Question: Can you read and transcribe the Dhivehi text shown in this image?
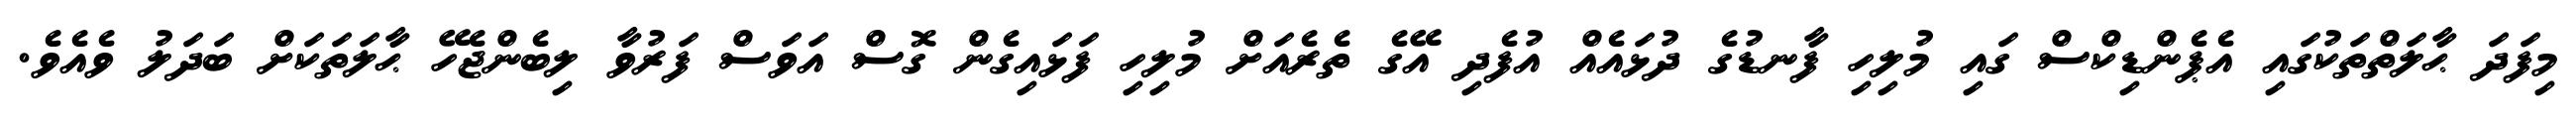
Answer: މިފަދަ ޙާލަތްތަކުގައި އެޕެންޑިކްސް ގައި މުލިހި ފާނޑުގެ ދުޅައެއް އުފެދި އޭގެ ތެރެއަށް މުލިހި ފަޅައިގެން ގޮސް އަވަސް ފަރުވާ ލިބެންޖެހޭ ޙާލަތަކަށް ބަދަލު ވެއެވެ.